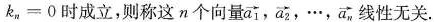
k _ { n } = 0$$时成立，则称这n个向量\overrightarrow{a_{1}}，\overrightarrow{a_{2}}，…，\overrightarrow{a_{n}} 线性无关.